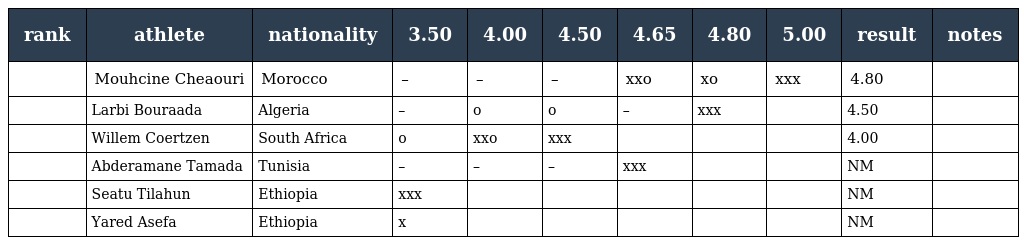
| rank | athlete | nationality | 3.50 | 4.00 | 4.50 | 4.65 | 4.80 | 5.00 | result | notes |
 | --- | --- | --- | --- | --- | --- | --- | --- | --- | --- | --- |
 |  | Mouhcine Cheaouri | Morocco | – | – | – | xxo | xo | xxx | 4.80 |  |
 |  | Larbi Bouraada | Algeria | – | o | o | – | xxx |  | 4.50 |  |
 |  | Willem Coertzen | South Africa | o | xxo | xxx |  |  |  | 4.00 |  |
 |  | Abderamane Tamada | Tunisia | – | – | – | xxx |  |  | NM |  |
 |  | Seatu Tilahun | Ethiopia | xxx |  |  |  |  |  | NM |  |
 |  | Yared Asefa | Ethiopia | x |  |  |  |  |  | NM |  |